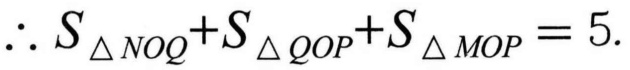
$\therefore S_{\triangle NOQ}+S_{\triangle QOP}+S_{\triangle MOP}=5.$